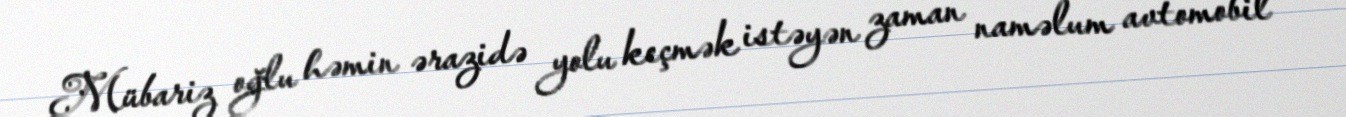
Mübariz oğlu həmin ərazidə yolu keçmək istəyən zaman naməlum avtomobil